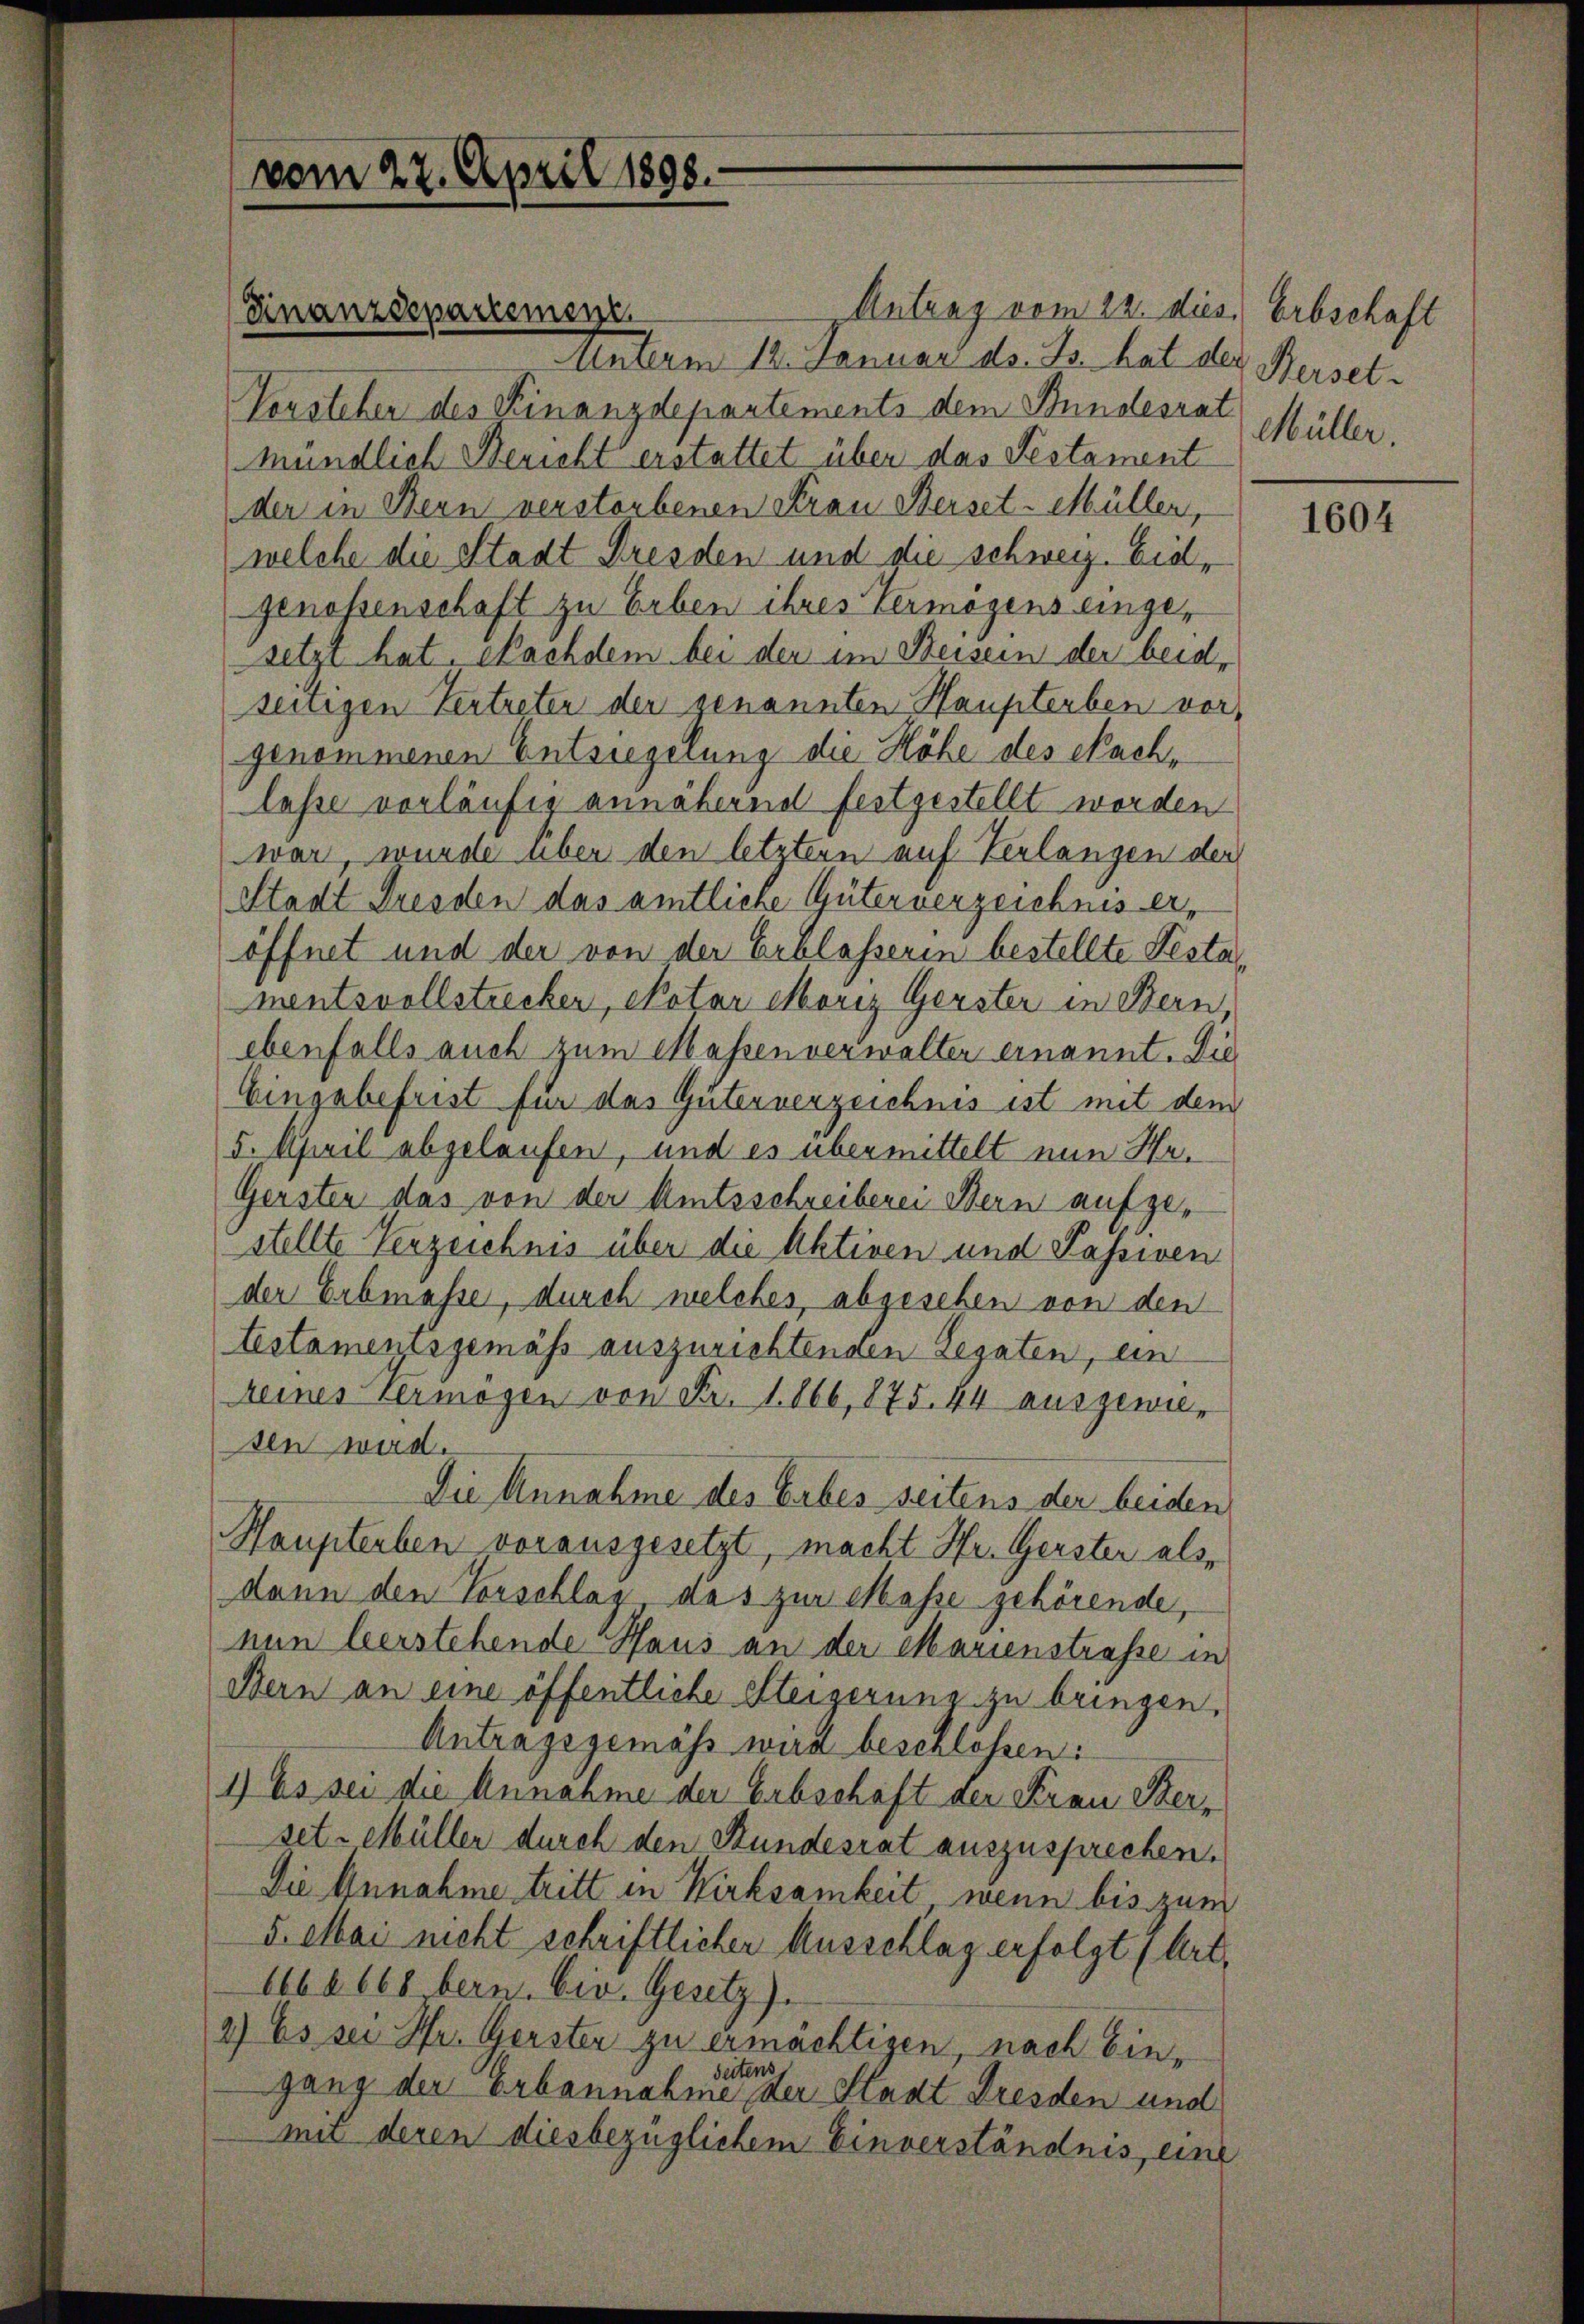
vom 27. April 1898.

Antrag vom 22. dies Erbschaft
Unterm 12. Januar d. Js. hat der Berset¬
Vorsteher des Finanzdepartements dem Stundesrat
mündlich Bericht erstattet über das Festament
der in Bern verstorbenen Frau Beiset-Müller,
welche die Stadt Dresden und die schweiz. Eidgenossenschaft zu Erben ihres Vermögens eingesetzt hat. Nachdem bei den im Beisern der beid-
seitigen Vertreten der genannten Haupterben vor,
genommenen Entsiegerung die Höhe des Nachlesse vorläufig annähernd festgestellt worden
war, wurde über den letztern auf Verlangen der
Stadt Fresden das amtliche Güterverzeichnis eröffnet und der von der Erblasserin bestellte Testamentsvollstrecker, Notar Moriz Gerster in Bern,
ebenfalls auch zum Messenverwalter ernannt. Die
Eingabefrist für das Güterverzeichnis ist mit dem
5. April abgelaufen, und es übermittelt nun He¬
Gersten das von der Amtsschreiberei Bern aufzu-
stellte Verzeichnis über die Aktiven und Passiven
der Erbmasse, durch welches, abgesehen von den
testamentsgemäss auszurichtenden Legaten, ein
keines vermögen von Fr. 1866, 875. 44 ausgewieden wird.
Die Annahme des Erbes seitens der beiden
Haupterben vorausgesetzt, macht Hr. Gerster als
dann den Vorschlag, das zur Masse gehörende,
nun beerstehende Haus an der Marienstraße in
Bern an eine öffentliche Steigerung zu bringen,
Antragsgemäss wird beschlossen:
1) Es sei die Annahme der Erbschaft der Frau Sterset. Müller durch den Stundesrat auszusprechen.
Die Annahme tritt in Wirksamkeit, wenn bis zum
5. Mai nicht schriftlicher Ausschlag erfolgt (Art.
1060668 bern. Civ. Gesetz)
2) Es sei Hr. Gerster zu ermächtigen, nach Einseitens
gang der Erbannahme der Staat Dresden und
mit deren diesbezüglichem Einverständnis, eine

Finanzdepartement.

Müller.

1604